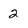
Character: 2